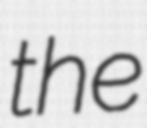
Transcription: the